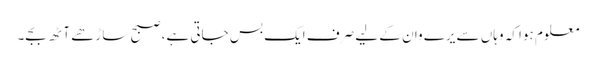
معلوم ہوا کہ وہاں سے یرے وان کے لیے صرف ایک بس جاتی ہے، صبح ساڑھے آٹھ بجے۔